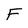
Character: F